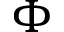
\Phi